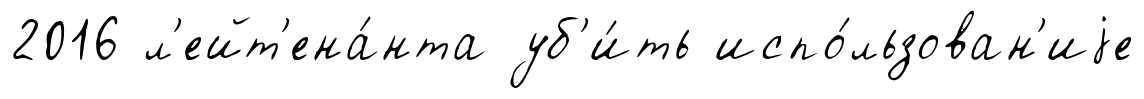
2016 л'ейт'ена́нта уб'и́ть испо́льзован'иjе